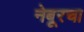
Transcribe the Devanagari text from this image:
नेबूरचा